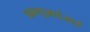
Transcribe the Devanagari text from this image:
डबल्यूआईआई